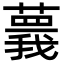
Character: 𦾒